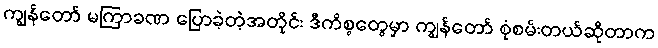
ကျွန်တော် မကြာခဏ ပြောခဲ့တဲ့အတိုင်း ဒီကိစ္စတွေမှာ ကျွန်တော် စုံစမ်းတယ်ဆိုတာက